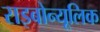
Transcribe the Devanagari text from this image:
राइबोन्यूलिक